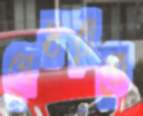
শেষরাতে